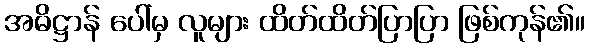
အဓိဋ္ဌာန် ပေါ်မှ လူများ ထိတ်ထိတ်ပြာပြာ ဖြစ်ကုန်၏။